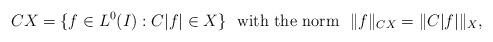
LaTeX: \begin{align*} CX=\{f\in L^0(I): C|f| \in X\} ~~ {\rm with ~the ~norm } ~~ \|f\|_{CX} = \| C|f| \|_{X},\end{align*}